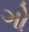
ગો